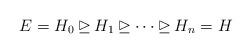
LaTeX: \begin{align*}E = H_0 \unrhd H_1 \unrhd \dots \unrhd H_n = H\end{align*}